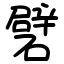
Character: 礕